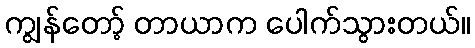
ကျွန်တော့် တာယာက ပေါက်သွားတယ်။